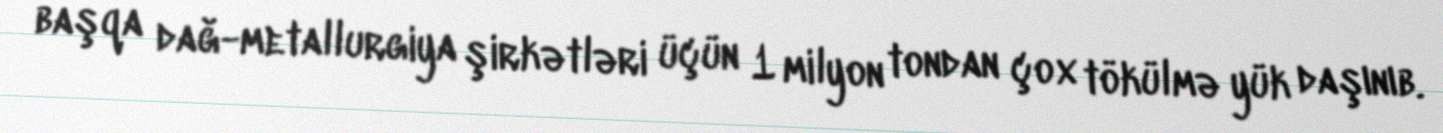
başqa dağ-metallurgiya şirkətləri üçün 1 milyon tondan çox tökülmə yük daşınıb.